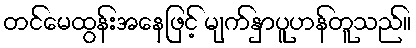
တင်မေထွန်းအနေဖြင့် မျက်နှာပူဟန်တူသည်။